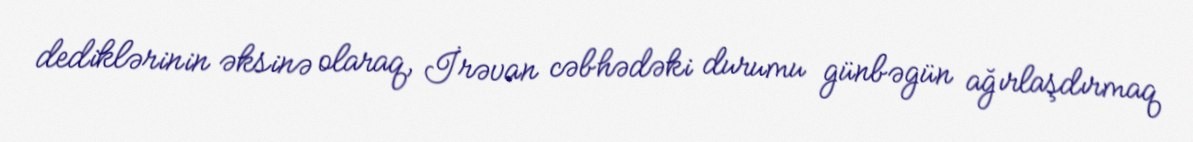
dediklərinin əksinə olaraq, İrəvan cəbhədəki durumu günbəgün ağırlaşdırmaq